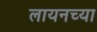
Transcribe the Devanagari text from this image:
लायनच्या